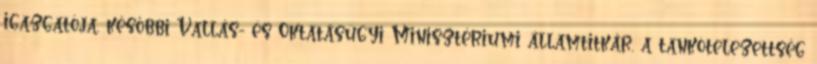
igazgatója, későbbi Vallás- és Oktatásügyi Minisztériumi államtitkár, a tankötelezettség